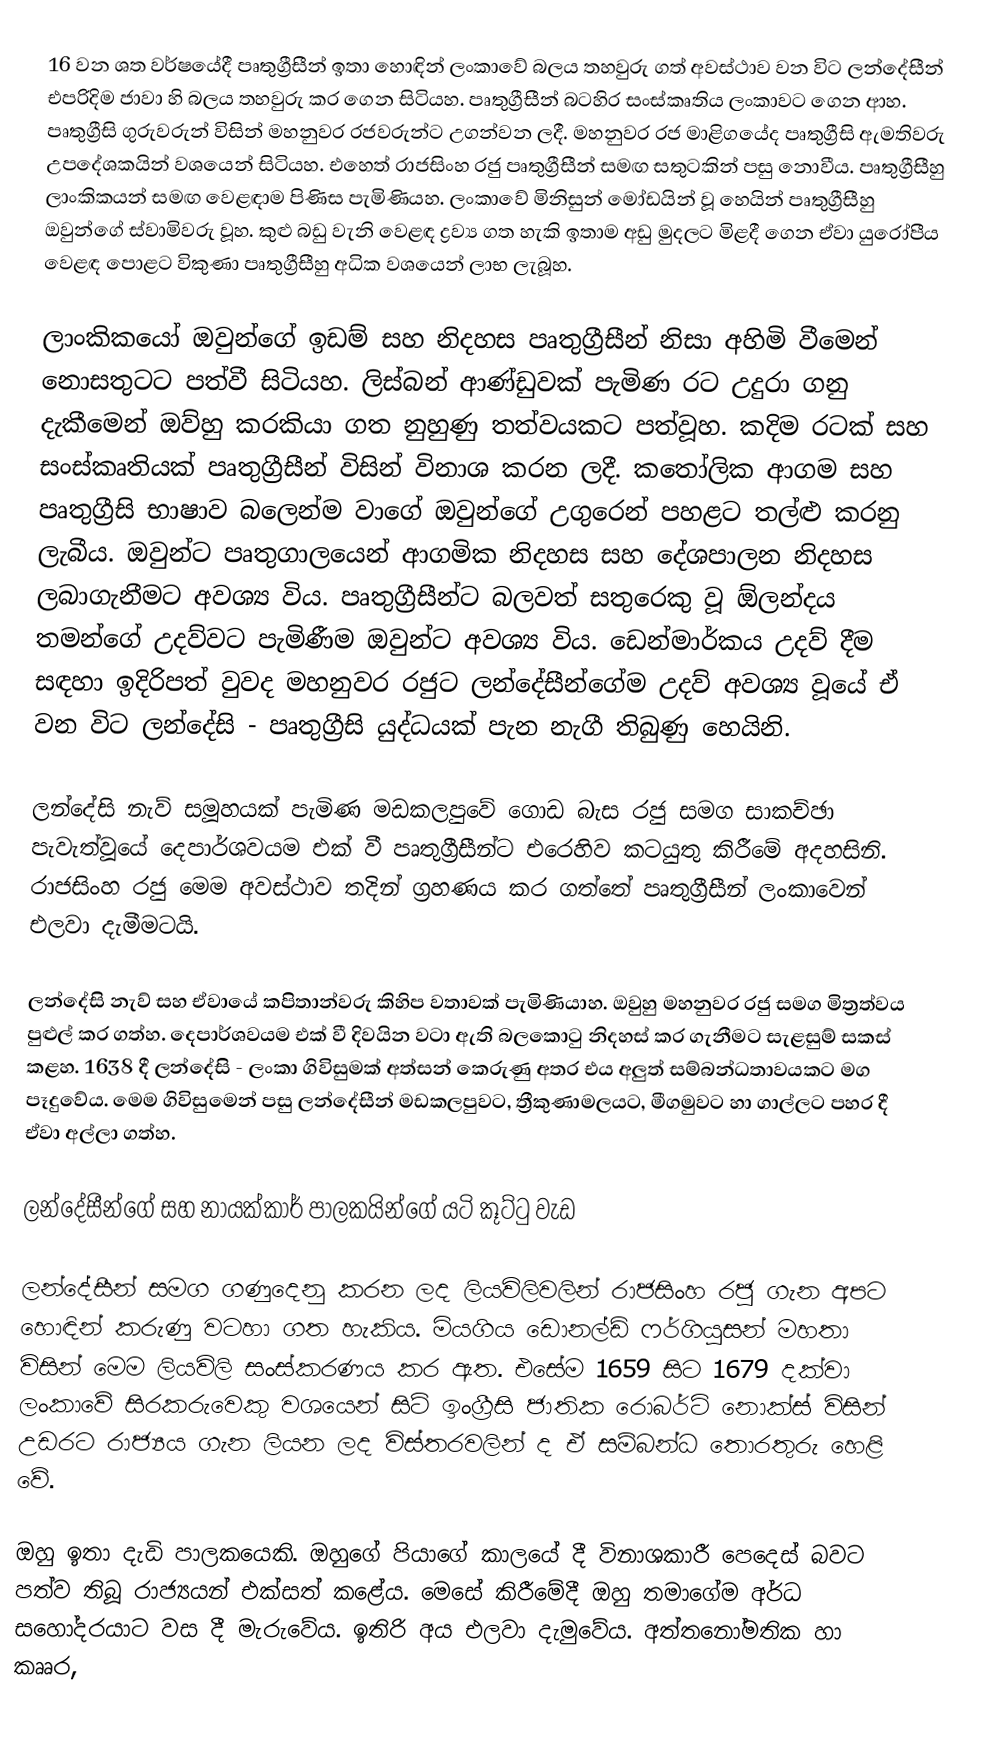
16 වන ශත වර්ෂයේදී පෘතුග්‍රීසීන් ඉතා හොඳින් ලංකාවේ බලය තහවුරු ගත් අවස්ථාව වන විට ලන්දේසීන් එපරිදිම ජාවා හි බලය තහවුරු කර ගෙන සිටියහ.  පෘතුග්‍රීසීන් බටහිර සංස්කෘතිය ලංකාවට ගෙන ආහ.  පෘතුග්‍රීසි ගුරුවරුන් විසින් මහනුවර රජවරුන්ට උගන්වන ලදී.  මහනුවර රජ මාළිගයේද පෘතුග්‍රීසි ඇමතිවරු උපදේශකයින් වශයෙන් සිටියහ.  එහෙත් රාජසිංහ රජු පෘතුග්‍රීසීන් සමඟ සතුටකින් පසු නොවීය.  පෘතුග්‍රීසීහු ලාංකිකයන් සමඟ වෙළඳාම පිණිස පැමිණියහ.  ලංකාවේ මිනිසුන් මෝඩයින් වූ හෙයින් පෘතුග්‍රීසීහු ඔවුන්ගේ ස්වාමිවරු වූහ.  කුළු බඩු වැනි වෙ‍‍‍‍‍‍‍‍‍ළඳ ද්‍රව්‍ය ගත හැකි ඉතාම අඩු මුදලට මිළදී ගෙන ඒවා යුරෝපීය වෙ‍‍‍‍‍‍‍‍‍ළඳ පොළට විකුණා පෘතුග්‍රීසීහු අධික වශයෙන් ලාභ ලැබූහ.

ලාංකිකයෝ ඔවුන්ගේ ඉඩම් සහ නිදහස පෘතුග්‍රීසීන් නිසා අහිමි වීමෙන් නොසතුටට පත්වී සිටියහ.  ලිස්බන් ආණ්ඩුවක් පැමිණ රට උදුරා ගනු දැකීමෙන් ඔව්හු කරකියා ගත නුහුණු තත්වයකට පත්වූහ.  කදිම රටක් සහ සංස්කෘතියක් පෘතුග්‍රීසීන් විසින් විනාශ කරන ලදී.  කතෝලික ආගම සහ පෘතුග්‍රීසි භාෂාව බලෙන්ම වාගේ ඔවුන්ගේ උගුරෙන් පහළට තල්ළු කරනු ලැබීය.  ඔවුන්ට පෘතුගාලයෙන් ආගමික නිදහස සහ දේශපාලන නිදහස ලබාගැනීමට අවශ්‍ය විය.  පෘතුග්‍රීසීන්ට බලවත් සතුරෙකු වූ ඕලන්දය තමන්ගේ උදව්වට පැමිණීම ඔවුන්ට අවශ්‍ය විය.  ඩෙන්මාර්කය උදව් දීම සඳහා ඉදිරිපත් වුවද මහනුවර රජුට ලන්දේසීන්ගේම උදව් අවශ්‍ය වූයේ ඒ වන විට ලන්දේසි - පෘතුග්‍රීසි යුද්ධයක් පැන නැගී තිබුණු හෙයිනි.

ලන්දේසි නැව් සමූහයක් පැමිණ මඩකලපුවේ ගොඩ බැස රජු සමග සාකච්ඡා පැවැත්වූයේ දෙපාර්ශවයම එක් වී පෘතුග්‍රීසීන්ට එරෙහිව කටයුතු කිරීමේ අදහසිනි.  රාජසිංහ රජු මෙම අවස්ථාව තදින් ග්‍රහණය කර ගත්තේ පෘතුග්‍රීසීන් ලංකාවෙන් එලවා දැමීමටයි.

ලන්දේසි නැව් සහ ඒවායේ කපිතාන්වරු කිහිප වතාවක් පැමිණියාහ.  ඔවුහු මහනුවර රජු සමග මිත්‍රත්වය පුළුල් කර ගත්හ.  දෙපාර්ශවයම එක් වී දිවයින වටා ඇති බලකොටු නිදහස් කර ගැනීමට සැළසුම් සකස් කළහ.  1638 දී ලන්දේසි - ලංකා ගිවිසුමක් අත්සන් කෙරුණු අතර එය අලුත් සම්බන්ධතාවයකට මග පෑදුවේය.  මෙම ගිවිසුමෙන් පසු ලන්දේසීන් මඩකලපුවට, ත්‍රීකුණාමලයට, මීගමුවට හා ගාල්ලට පහර දී ඒවා අල්ලා ගත්හ.

ලන්දේසීන්ගේ සහ නායක්කාර් පාලකයින්ගේ යටි කූට්ටු වැඩ

ලන්දේසීන් සමග ගණුදෙනු කරන ලද ලියවිලිවලින් රාජසිංහ රජු ගැන අපට හොඳින් කරුණු වටහා ගත හැකිය.  මියගිය ඩොනල්ඩ් ෆර්ගියුසන් මහතා විසින් මෙම ලියවිලි සංස්කරණය කර ඇත.  එසේම 1659 සිට 1679 දක්වා ලංකාවේ සිරකරුවෙකු වශයෙන් සිටි ඉංග්‍රීසි ජාතික රොබර්ට් නොක්ස් විසින් උඩරට රාජ්‍යය ගැන ලියන ලද විස්තරවලින් ද ඒ සම්බන්ධ තොරතුරු හෙළි වේ.

ඔහු ඉතා දැඩි පාලකයෙකි.  ඔහුගේ පියාගේ  කාල‍යේ දී විනාශකාරී පෙදෙස් බවට පත්ව තිබූ රාජ්‍යයන් එක්සත් කළේය.  මෙසේ කිරීමේදී ඔහු තමාගේම අර්ධ සහෝදරයාට වස දී මැරුවේය. ඉතිරි අය එලවා දැමුවේය. අත්තනෝමතික හා කෲර,